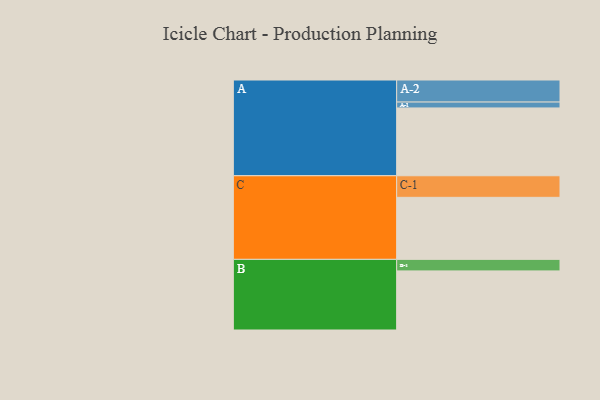
{"axis": {"x": "Segment", "y": "Value"}, "legend": ["", "A", "B", "C"], "data": [{"x": "A", "y": 575, "type": ""}, {"x": "B", "y": 501, "type": ""}, {"x": "C", "y": 526, "type": ""}, {"x": "A-1", "y": 50, "type": "A"}, {"x": "A-2", "y": 187, "type": "A"}, {"x": "B-1", "y": 98, "type": "B"}, {"x": "C-1", "y": 183, "type": "C"}]}